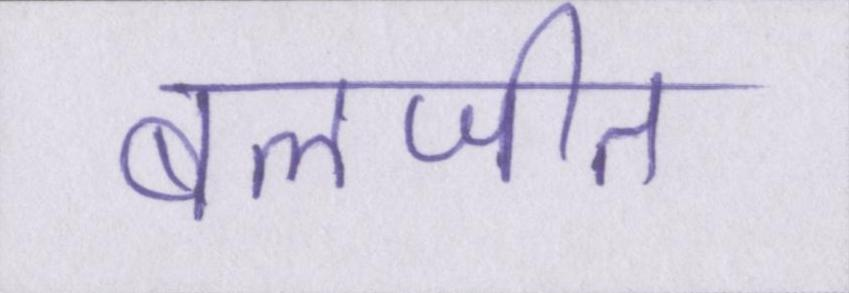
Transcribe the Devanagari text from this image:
बलजीत